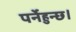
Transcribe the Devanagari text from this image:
पर्नेहुन्छ।